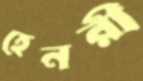
হেনরী